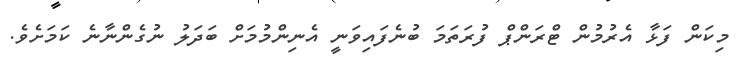
މިކަން ފަޅާ އެރުމުން ޓްރަންޕް ފުރަތަމަ ބުނެފައިވަނީ އެނިންމުމަށް ބަދަލު ނުގެންނާނެ ކަމަށެވެ.